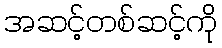
အဆင့်တစ်ဆင့်ကို